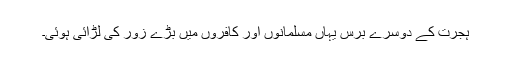
ہجرت کے دوسرے برس یہاں مسلمانوں اور کافروں میں بڑے زور کی لڑائی ہوئی۔